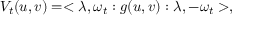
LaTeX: V _ { t } ( u , v ) = < \lambda , \omega _ { t } : g ( u , v ) : \lambda , - \omega _ { t } > ,